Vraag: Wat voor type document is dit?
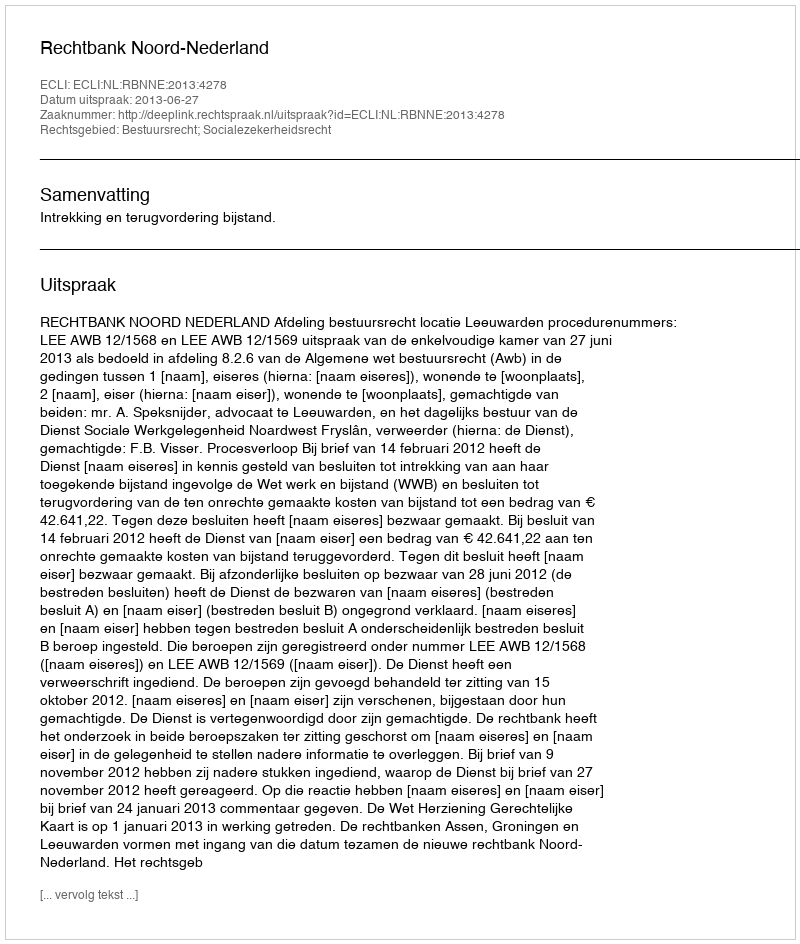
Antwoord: Uitspraak